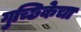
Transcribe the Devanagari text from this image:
गुच्छिकेचा